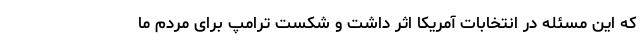
که این مسئله در انتخابات آمریکا اثر داشت و شکست ترامپ برای مردم ما